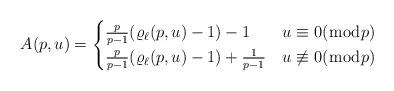
LaTeX: \begin{align*}A(p,u)&=\begin{cases}\frac{p}{p-1}(\varrho_{\ell}(p,u)-1)-1&u\equiv 0(\bmod p)\\\frac{p}{p-1}(\varrho_{\ell}(p,u)-1)+\frac{1}{p-1}&u\not\equiv 0(\bmod p)\end{cases}\end{align*}